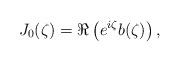
LaTeX: \begin{align*}J_0(\zeta) = \Re\left( e^{i\zeta}b(\zeta) \right),\end{align*}